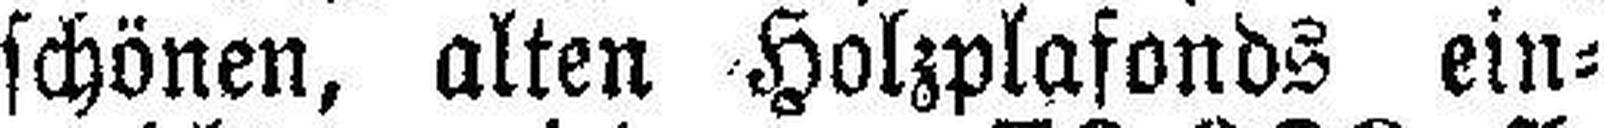
schönen, alten Holzplafonds ein¬